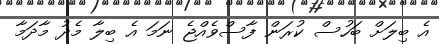
އެ ބިލަށް ބަހުސް ކުރަން ފާސްވެއްޖެ ނަމަ އެ ބިލާ މެދު މާދަމާ